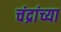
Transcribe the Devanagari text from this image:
चंद्रांच्या